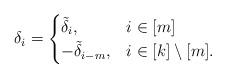
LaTeX: \begin{align*}\delta_i = \begin{cases} \tilde{\delta}_i, & i \in [m] \\-\tilde{\delta}_{i-m}, & i \in [k]\setminus [m]. \end{cases}\end{align*}